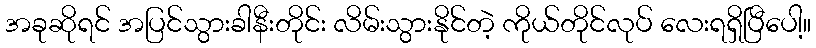
အခုဆိုရင် အပြင်သွားခါနီးတိုင်း လိမ်းသွားနိုင်တဲ့ ကိုယ်တိုင်လုပ် လေးရရှိပြီပေါ့။